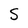
Character: S